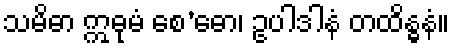
သမိဓာ ဣဓုမံ စေ’ဓော၊ ဥပါဒါနံ တထိန္ဓနံ။